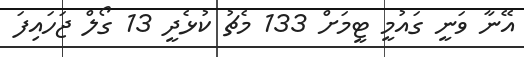
އޭނާ ވަނީ ގައުމީ ޓީމަށް 133 މެޗު ކުޅެދީ 13 ގޯލް ޖަހައިފަ